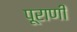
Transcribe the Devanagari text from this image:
पूराणी